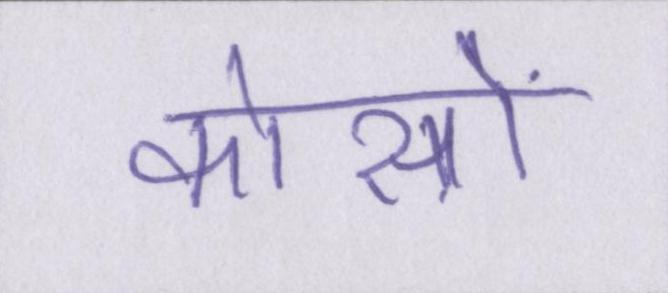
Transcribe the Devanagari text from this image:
कोसों